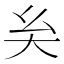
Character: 𡗞